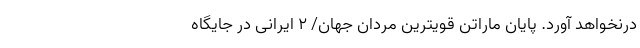
درنخواهد آورد. پایان ماراتن قویترین مردان جهان/ 2 ایرانی در جایگاه